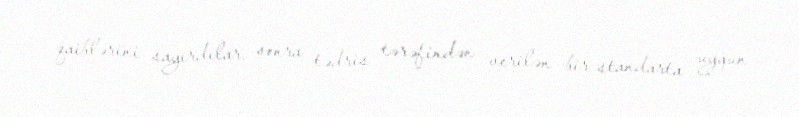
qaiblərini sayırdılar, sonra tədris tərəfindən verilən bir standarta uyğun